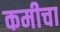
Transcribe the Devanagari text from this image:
कमीचा